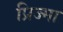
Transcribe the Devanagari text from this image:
प्रिज्मा